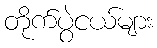
တိုက်ပွဲငယ်များ